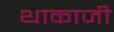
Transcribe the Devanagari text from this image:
थाकाजी